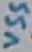
Text: VSS